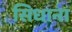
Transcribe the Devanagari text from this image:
सिधाना